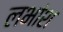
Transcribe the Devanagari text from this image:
लभांश